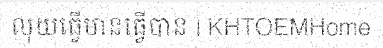
លុយធ្វើមានធ្វើបាន | KHTOEMHome